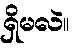
ရှိမလဲ။